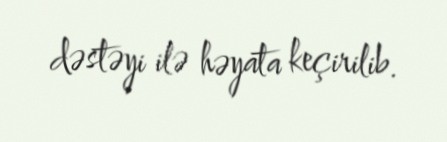
dəstəyi ilə həyata keçirilib.